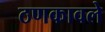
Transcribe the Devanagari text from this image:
ठणकावले